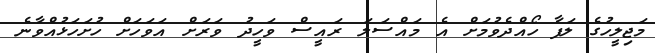
މަޖިލީހުގެ ލަފާ ހޯއްދެވުމަށް އެ މައްސަަލަ ރައީސް ވަހީދު ވަރަށް އަވަހަށް ހުށަހަޅުއްވާނެ